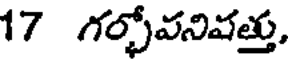
17 గర్భోవనివత్తు,